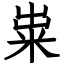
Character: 粜